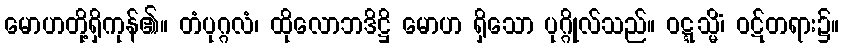
မောဟတို့ရှိကုန်၏။ တံပုဂ္ဂလံ၊ ထိုလောဘဒိဋ္ဌိ မောဟ ရှိသော ပုဂ္ဂိုလ်သည်။ ဝဋ္ဋသ္မိံ၊ ဝဋ်တရား၌။